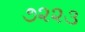
૭૨૨૩